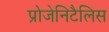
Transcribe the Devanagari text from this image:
प्रोजेनिटैलिस